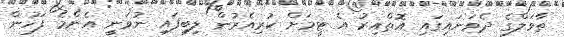
ތާވަލްގެ ދެވަނައިގައި އޮތްއިރު އެ ޓީމަށް ކުރިއެރުން ލިބިފައި ނުވަނީ އެންމެ ފަހުން